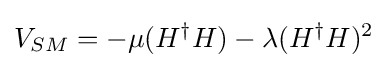
V_{SM}=-\mu (H^{\dagger }H)-\lambda (H^{\dagger }H)^{2}